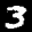
Label: 3